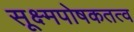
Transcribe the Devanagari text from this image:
सूक्ष्मपोषकतत्व